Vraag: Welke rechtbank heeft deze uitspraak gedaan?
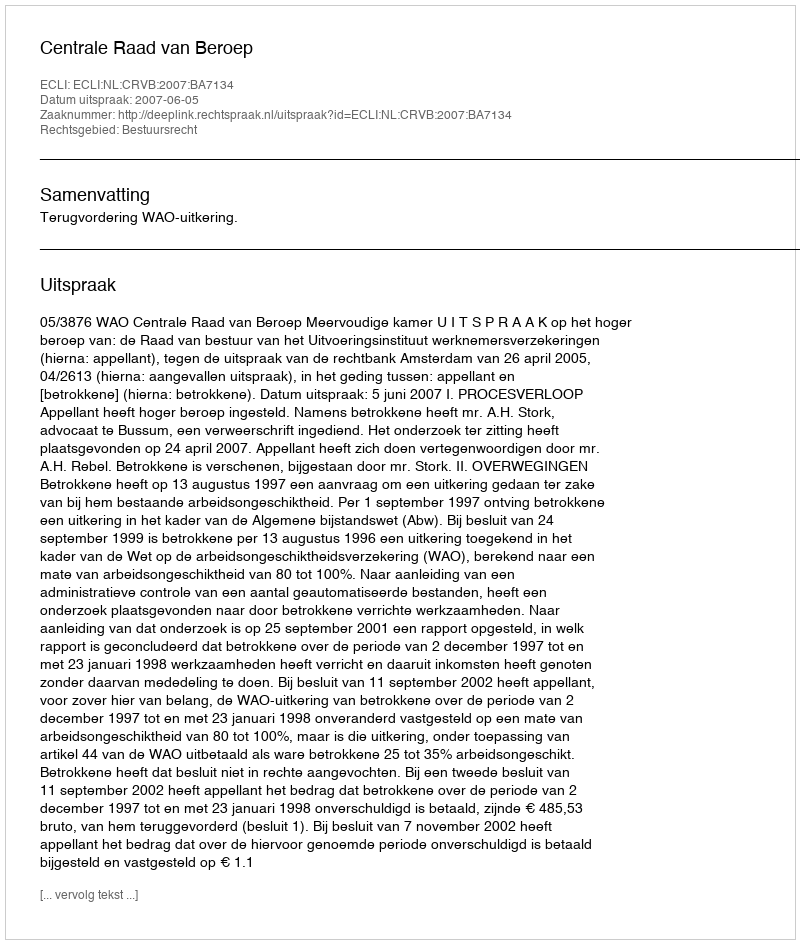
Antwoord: Centrale Raad van Beroep